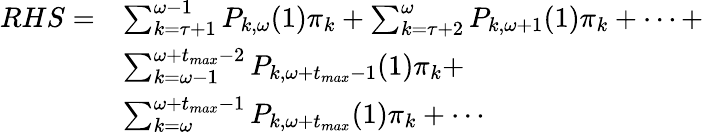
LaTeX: \begin{array}{rl}{RHS=}&{\sum_{k=\tau+1}^{\omega-1}P_{k,\omega}(1)\pi_{k}+\sum_{k=\tau+2}^{\omega}P_{k,\omega+1}(1)\pi_{k}+\cdots+}\\ &{\sum_{k=\omega-1}^{\omega+t_{max}-2}P_{k,\omega+t_{max}-1}(1)\pi_{k}+}\\ &{\sum_{k=\omega}^{\omega+t_{max}-1}P_{k,\omega+t_{max}}(1)\pi_{k}+\cdots}\end{array}